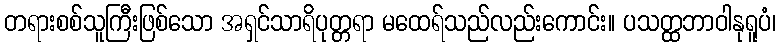
တရားစစ်သူကြီးဖြစ်သော အရှင်သာရိပုတ္တရာ မထေရ်သည်လည်းကောင်း။ ပသတ္ထဘာဝါနုရူပံ၊